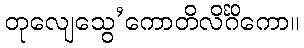
တုလျေသွေ’ကောတိလိင်္ဂိကော။